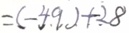
= ( - 4 9 ) + 2 8